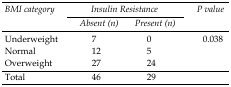
| <ROWSPAN=2> BMI category | <COLSPAN=2> Insulin Resistance | <ROWSPAN=2> P value |
 | Absent (n) | Present (n) |
 | --- | --- | --- | --- |
 | Underweight | 7 | 0 | <ROWSPAN=4> 0.038 |
 | Normal | 12 | 5 |
 | Overweight | 27 | 24 |
 | Total | 46 | 29 |